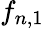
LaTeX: f_{n,1}